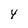
Character: 4